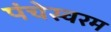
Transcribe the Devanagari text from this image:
पंचेस्वरम